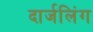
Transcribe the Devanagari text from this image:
दार्जलिंग